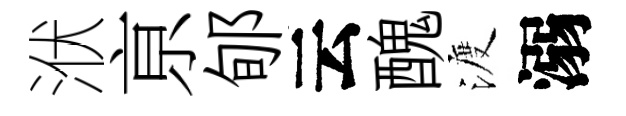
洑亰郇云醜渡溺